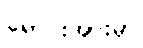
ရောင်းအားမှာ